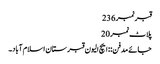
قبرنمبر 236
پلاٹ نمبر 20
جائے مدفن:: ایچ الیون قبرستان اسلام آباد۔